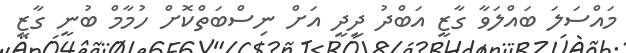
މައްސަލަ ބައްލަވާ ގާޒީ އަބްދު ދީދީ އަށް ނިސްބަތްކޮށް ހުމާމް ބުނީ ގާޒީ